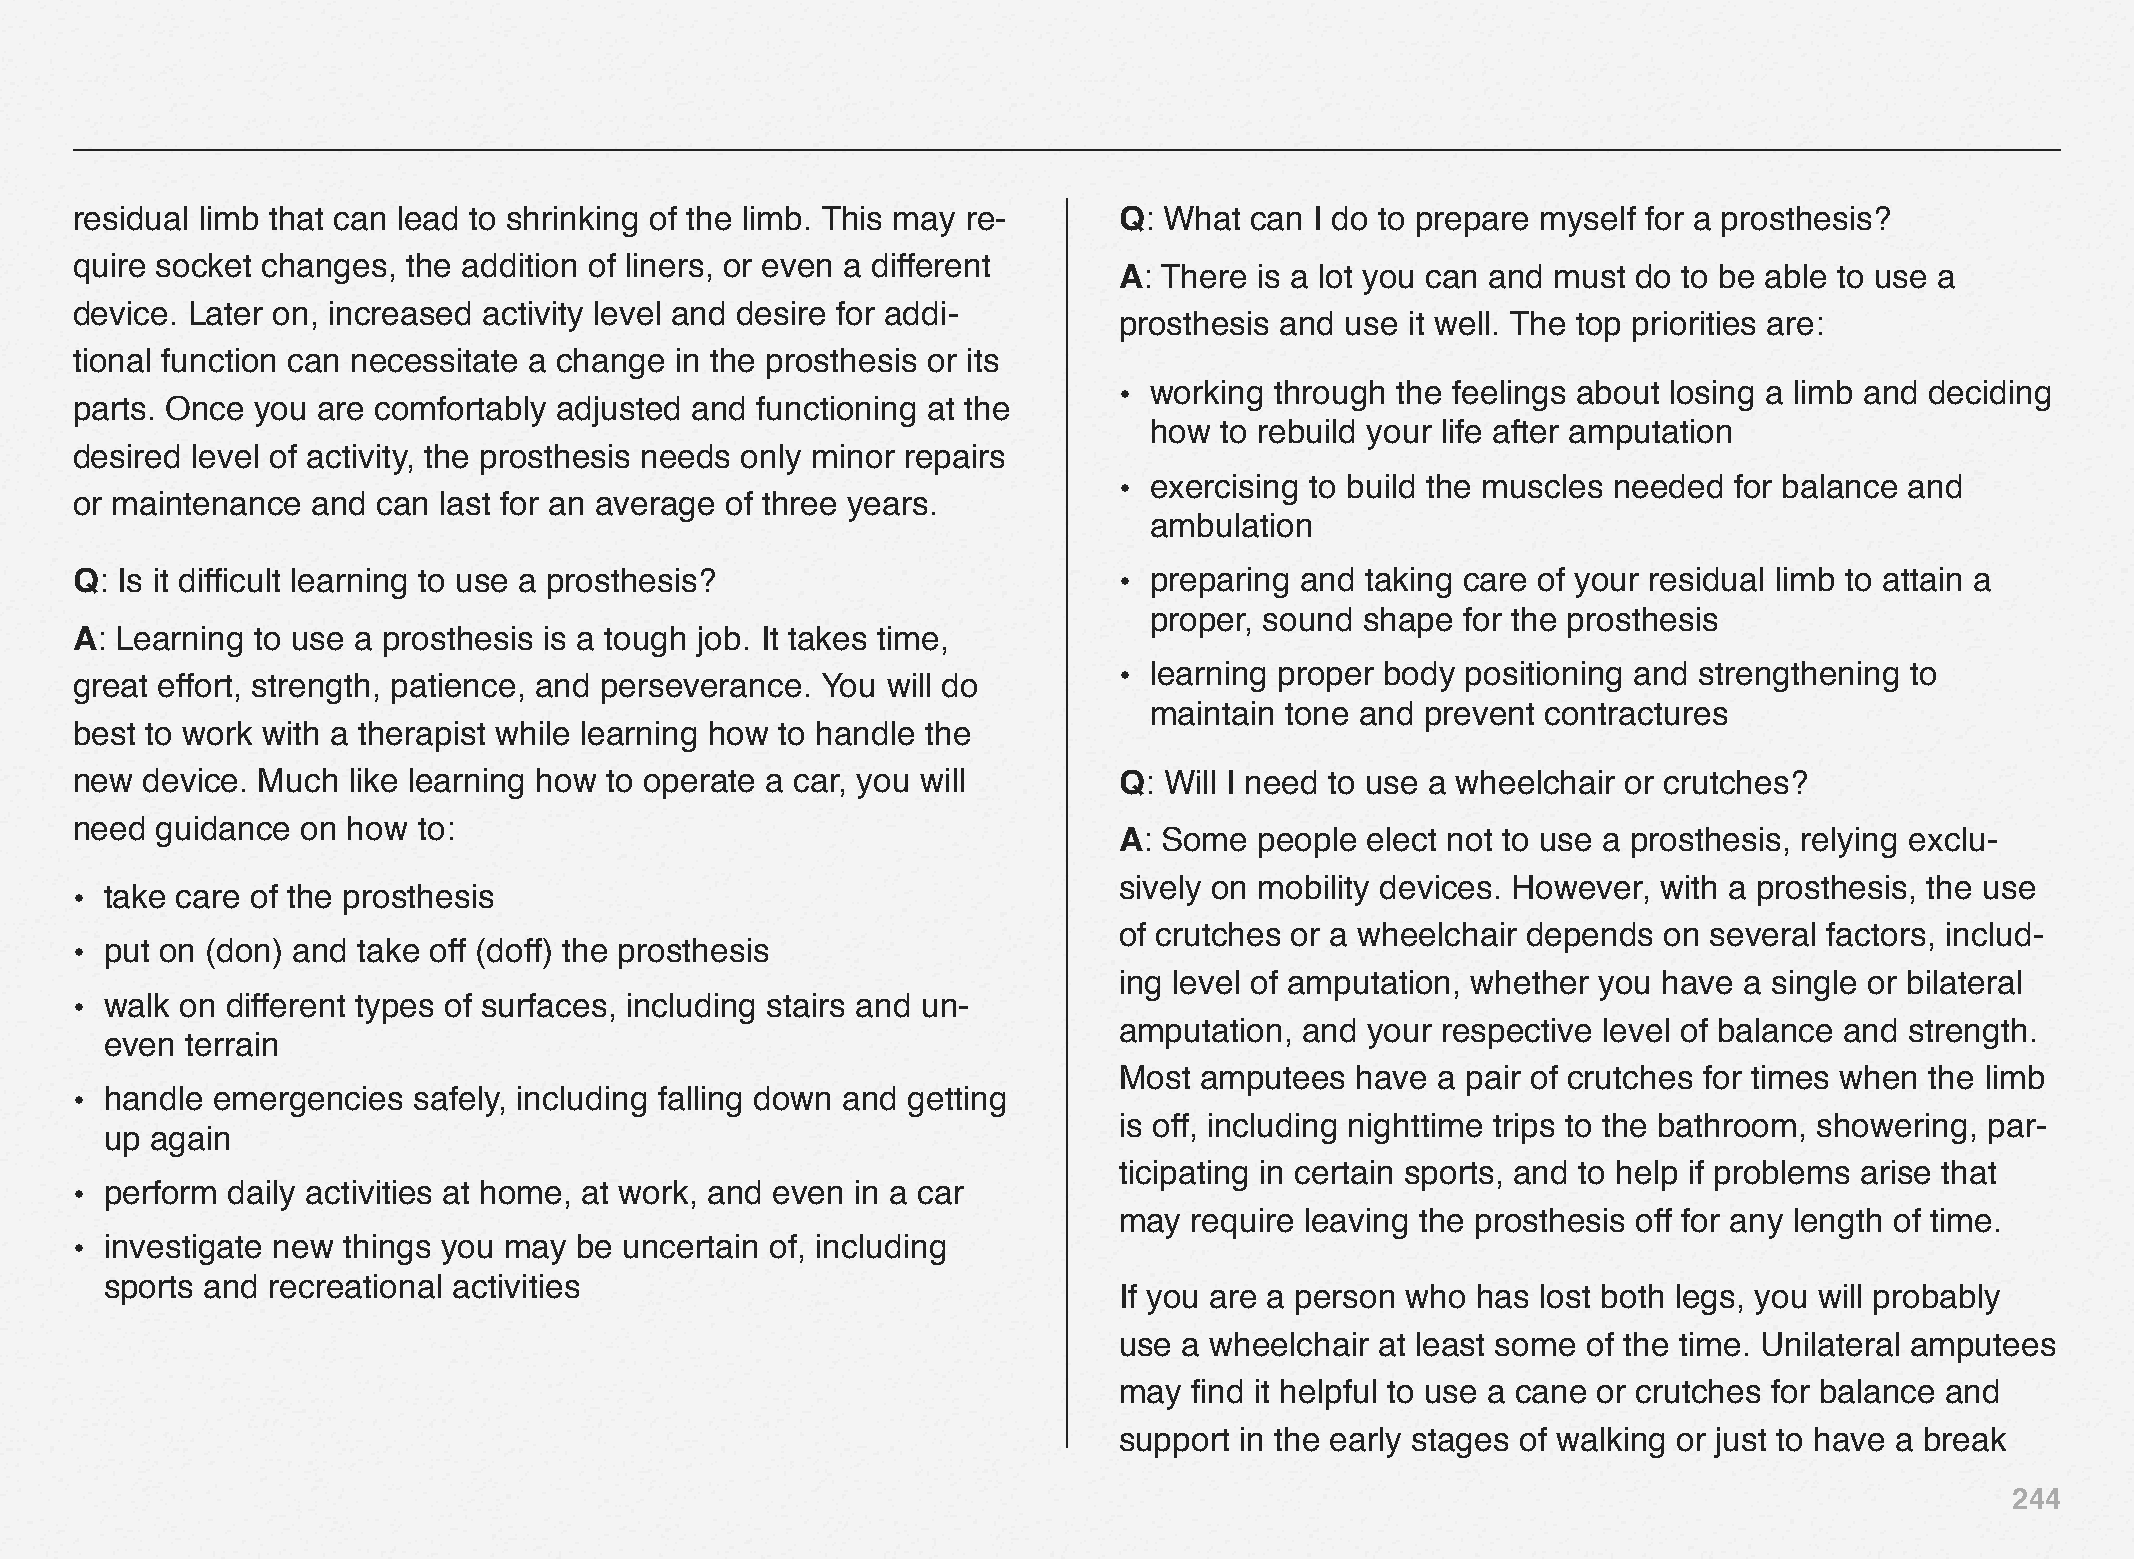
residual limb that can lead to shrinking of the limb. This may re-   Q: What  can I do to prepare myself for a prosthesis?
 quire socket changes, the addition of liners, or even a different
 A: There is a lot you can and must do to be able to use a
 device. Later on, increased activity level and desire for addi-
 prosthesis and use it well. The top priorities are:
 tional function can necessitate a change in the prosthesis or its
 • working through the feelings about losing a limb and deciding
 parts. Once you are comfortably adjusted and functioning at the
 how  to rebuild your life after amputation
 desired level of activity, the prosthesis needs only minor repairs
 • exercising to build the muscles needed for balance and
 or maintenance  and can last for an average of three years.
 ambulation
 Q: Is it difficult learning to use a prosthesis?                     • preparing and taking care of your residual limb to attain a
 proper, sound shape  for the prosthesis
 A: Learning to use a prosthesis is a tough job. It takes time,
 • learning proper body positioning and strengthening to
 great effort, strength, patience, and perseverance. You will do
 maintain tone and prevent contractures
 best to work with a therapist while learning how to handle the
 new device. Much  like learning how to operate a car, you will       Q: Will I need to use a wheelchair or crutches?
 need guidance  on how  to:
 A: Some  people  elect not to use a prosthesis, relying exclu-
 sively on mobility devices. However, with a prosthesis, the use
 • take care of the prosthesis
 of crutches or a wheelchair depends on several factors, includ-
 • put on (don) and take off (doff) the prosthesis
 ing level of amputation, whether you have a single or bilateral
 • walk on different types of surfaces, including stairs and un-
 amputation, and  your respective level of balance and strength.
 even terrain
 Most amputees   have a pair of crutches for times when the limb
 • handle emergencies  safely, including falling down and getting
 is off, including nighttime trips to the bathroom, showering, par-
 up again
 ticipating in certain sports, and to help if problems arise that
 • perform daily activities at home, at work, and even in a car
 may  require leaving the prosthesis off for any length of time.
 • investigate new things you may be uncertain of, including
 sports and recreational activities
 If you are a person who has lost both legs, you will probably
 use a wheelchair at least some of the time. Unilateral amputees
 may  find it helpful to use a cane or crutches for balance and
 support in the early stages of walking or just to have a break
 244